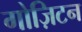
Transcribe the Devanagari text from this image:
गोज़िटन